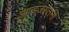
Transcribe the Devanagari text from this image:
अण्डजस्तनी